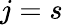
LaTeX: j=s